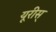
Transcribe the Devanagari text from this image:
यूरीस्